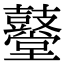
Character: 鼞